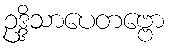
ဥဒ္ဒိသာပေတဗ္ဗော